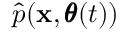
\hat { p } ( \mathbf x , \pmb \theta ( t ) )